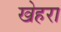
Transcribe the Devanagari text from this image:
खेहरा